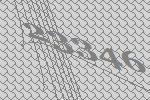
23346